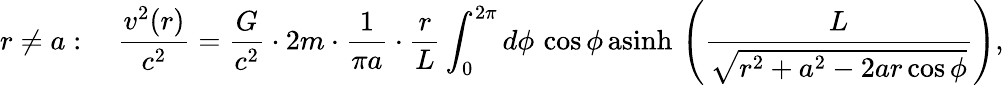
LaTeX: r\ne a:\quad\frac{v^{2}(r)}{c^{2}}=\frac{G}{c^{2}}\cdot 2m\cdot\frac{1}{\pi a}\cdot\frac{r}{L}\int_{0}^{2\pi}d\phi\, \cos\phi\, \mathrm{asinh}\, \left(\frac{L}{\sqrt{r^{2}+a^{2}-2ar\cos\phi}}\right),